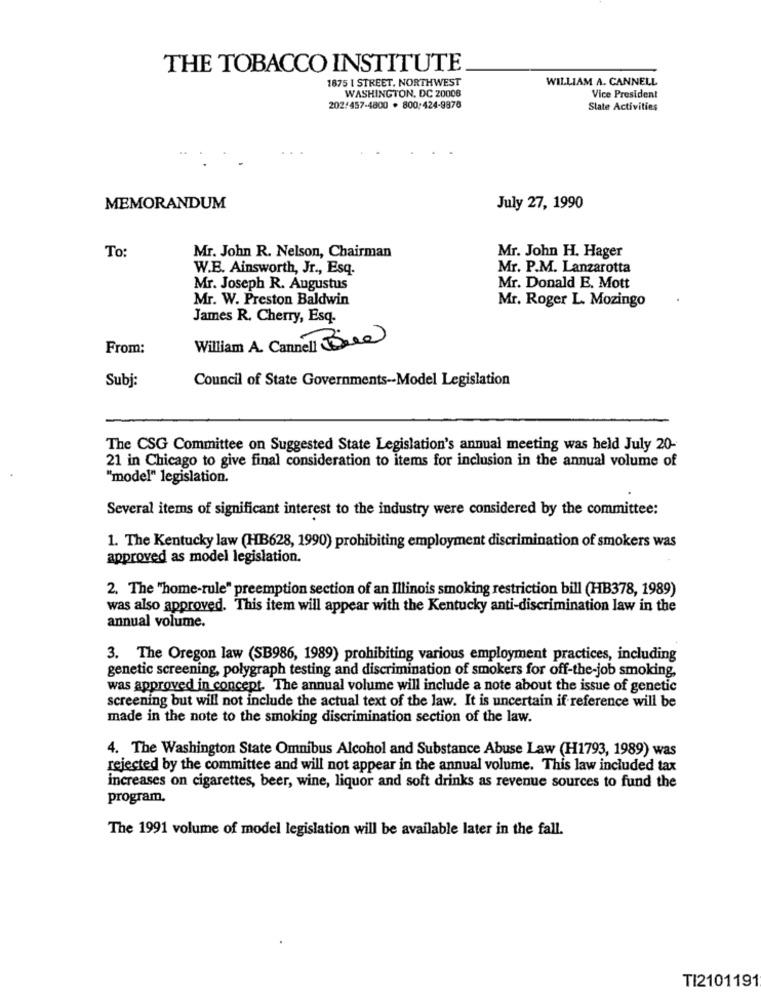
THE TOBACCO INSTITUTE
1875 I STREET, NORTHWEST
WILLIAM A. CANNELL
WASHINGTON, DC 20006
Vice President
202/457-4800 . 800:424-9878
State Activities
MEMORANDUM
July 27, 1990
To:
Mr. John R. Nelson, Chairman
Mr. John H. Hager
W.B. Ainsworth, Jr ., Esq.
Mr. P.M. Lanzarotta
Mr. Joseph R. Augustus
Mr. Donald E. Mott
Mr. W. Preston Baldwin
Mr. Roger L. Mozingo
James R. Cherry, Esq.
William A. Cannell Bred
From:
Subj
Council of State Governments -- Model Legislation
The CSG Committee on Suggested State Legislation's annual meeting was held July 20-
21 in Chicago to give final consideration to items for inclusion in the annual volume of
"model" legislation.
Several items of significant interest to the industry were considered by the committee:
1. The Kentucky law (HB628, 1990) prohibiting employment discrimination of smokers was
approved as model legislation.
2. The "home-rule" preemption section of an Illinois smoking restriction bill (HB378, 1989)
was also approved. This item will appear with the Kentucky anti-discrimination law in the
annual volume.
3. The Oregon law (SB986, 1989) prohibiting various employment practices, including
genetic screening, polygraph testing and discrimination of smokers for off-the-job smoking,
was approved in concept. The annual volume will include a note about the issue of genetic
screening but will not include the actual text of the law. It is uncertain if reference will be
made in the note to the smoking discrimination section of the law.
4. The Washington State Omnibus Alcohol and Substance Abuse Law (H1793, 1989) was
rejected by the committee and will not appear in the annual volume. This law included tax
increases on cigarettes, beer, wine, liquor and soft drinks as revenue sources to fund the
program.
The 1991 volume of model legislation will be available later in the fall.
TI2101191